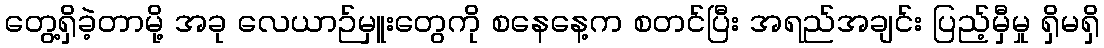
တွေ့ရှိခဲ့တာမို့ အခု လေယာဉ်မှူးတွေကို စနေနေ့က စတင်ပြီး အရည်အချင်း ပြည့်မှီမှု ရှိမရှိ